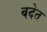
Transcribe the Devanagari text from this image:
वदेत